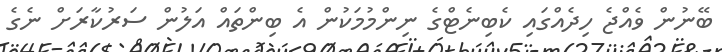
ބޭނުން ވެއްޖެ ހިދެއްގައި ކެބިނެޓްގެ ނިންމުމަކުން އެ ބިންތައް އަލުން ސަރުކާރަށް ނެގެ